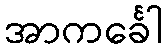
အာကင်္ခေါ